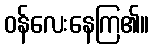
ဝန်လေးနေကြ၏။